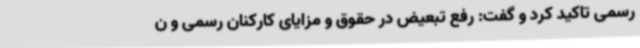
رسمی تاکید کرد و گفت: رفع تبعیض در حقوق و مزایای کارکنان رسمی و ن